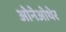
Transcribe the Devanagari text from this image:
ओनेओथेर